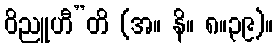
ဝိညူဟီ”တိ (အ။ နိ။ ၈။၃၉)။